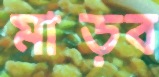
মাড়ব